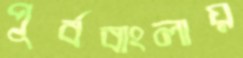
পূর্ববাংলায়